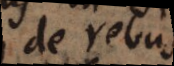
de rebus